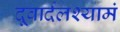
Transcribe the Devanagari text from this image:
दूवार्दलश्यामं